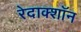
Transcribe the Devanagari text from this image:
रेदाक्शॉन